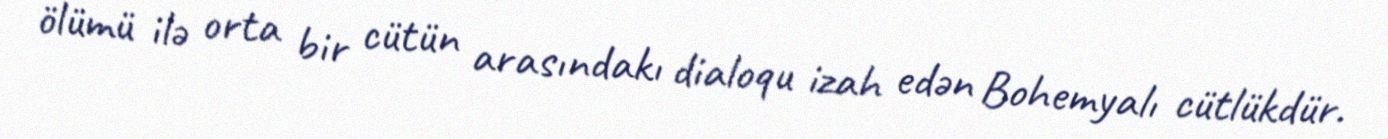
ölümü ilə orta bir cütün arasındakı dialoqu izah edən Bohemyalı cütlükdür.